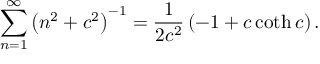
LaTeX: \sum _ { n = 1 } ^ { \infty } \left( n ^ { 2 } + c ^ { 2 } \right) ^ { - 1 } = \frac { 1 } { 2 c ^ { 2 } } \left( - 1 + c \coth c \right) .